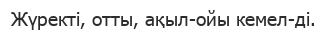
Жүректі, отты, ақыл-ойы кемел-ді.